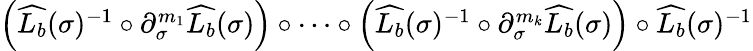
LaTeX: \begin{array}{r}{\Big(\widehat{L_{b}}(\sigma)^{-1}\circ\partial_{\sigma}^{m_{1}}\widehat{L_{b}}(\sigma)\Big)\circ\cdots\circ\Big(\widehat{L_{b}}(\sigma)^{-1}\circ\partial_{\sigma}^{m_{k}}\widehat{L_{b}}(\sigma)\Big)\circ\widehat{L_{b}}(\sigma)^{-1}}\end{array}